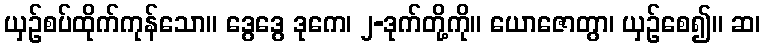
ယှဉ်စပ်ထိုက်ကုန်သော။ ဒွေဒွေ ဒုကေ၊ ၂-ဒုက်တို့ကို။ ယောဇောတွာ၊ ယှဉ်စေ၍။ ဆ၊